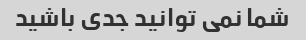
شما نمی توانید جدی باشید